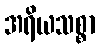
အရိယသစ္စာ